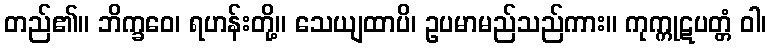
တည်၏။ ဘိက္ခဝေ၊ ရဟန်းတို့။ သေယျထာပိ၊ ဥပမာမည်သည်ကား။ ကုက္ကုဋပတ္တံ ဝါ၊